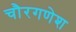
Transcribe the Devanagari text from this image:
चौरगणेश